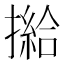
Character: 𢵰